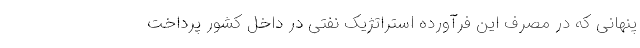
پنهانی که در مصرف این فرآورده استراتژیک نفتی در داخل کشور پرداخت